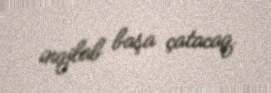
inqilab başa çatacaq.